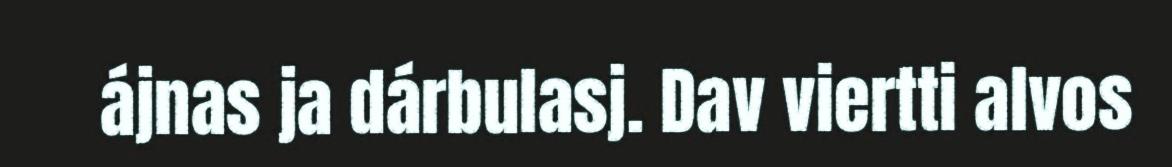
ájnas ja dárbulasj. Dav viertti alvos